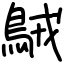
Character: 𪀚